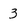
Character: 3